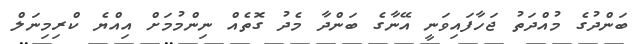
ބަންދުގެ މުއްދަތު ޖަހާފައިވަނީ އޭނާގެ ބަންދާ މެދު ގޮތެއް ނިންމުމަށް އިއްޔެ ކްރިމިނަލް